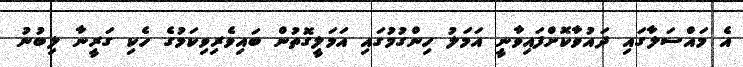
އެ މައްސަލާގައި ދައުވާކޮށްފައިވާނީ އަމަލު ހިންގުމުގައި އަމަލީގޮތުން ބައިވެރިވިކަމުގެ ހެކި ގަރީނާ ލިބުނު